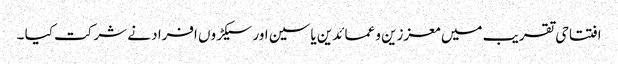
افتتاحی تقریب میں معززین و عمائدین یاسین اور سیکڑوں افراد نے شرکت کیا ۔